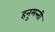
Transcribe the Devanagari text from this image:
हनुमन्ती